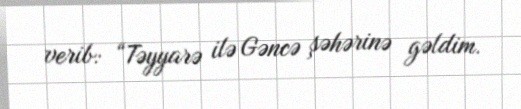
verib: “Təyyarə ilə Gəncə şəhərinə gəldim.